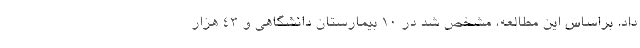
داد. براساس این مطالعه، مشخص شد در ۱۰ بیمارستان دانشگاهی و ۴۳ هزار